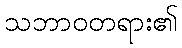
သဘာဝတရား၏